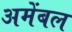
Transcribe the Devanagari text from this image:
अमेंबल